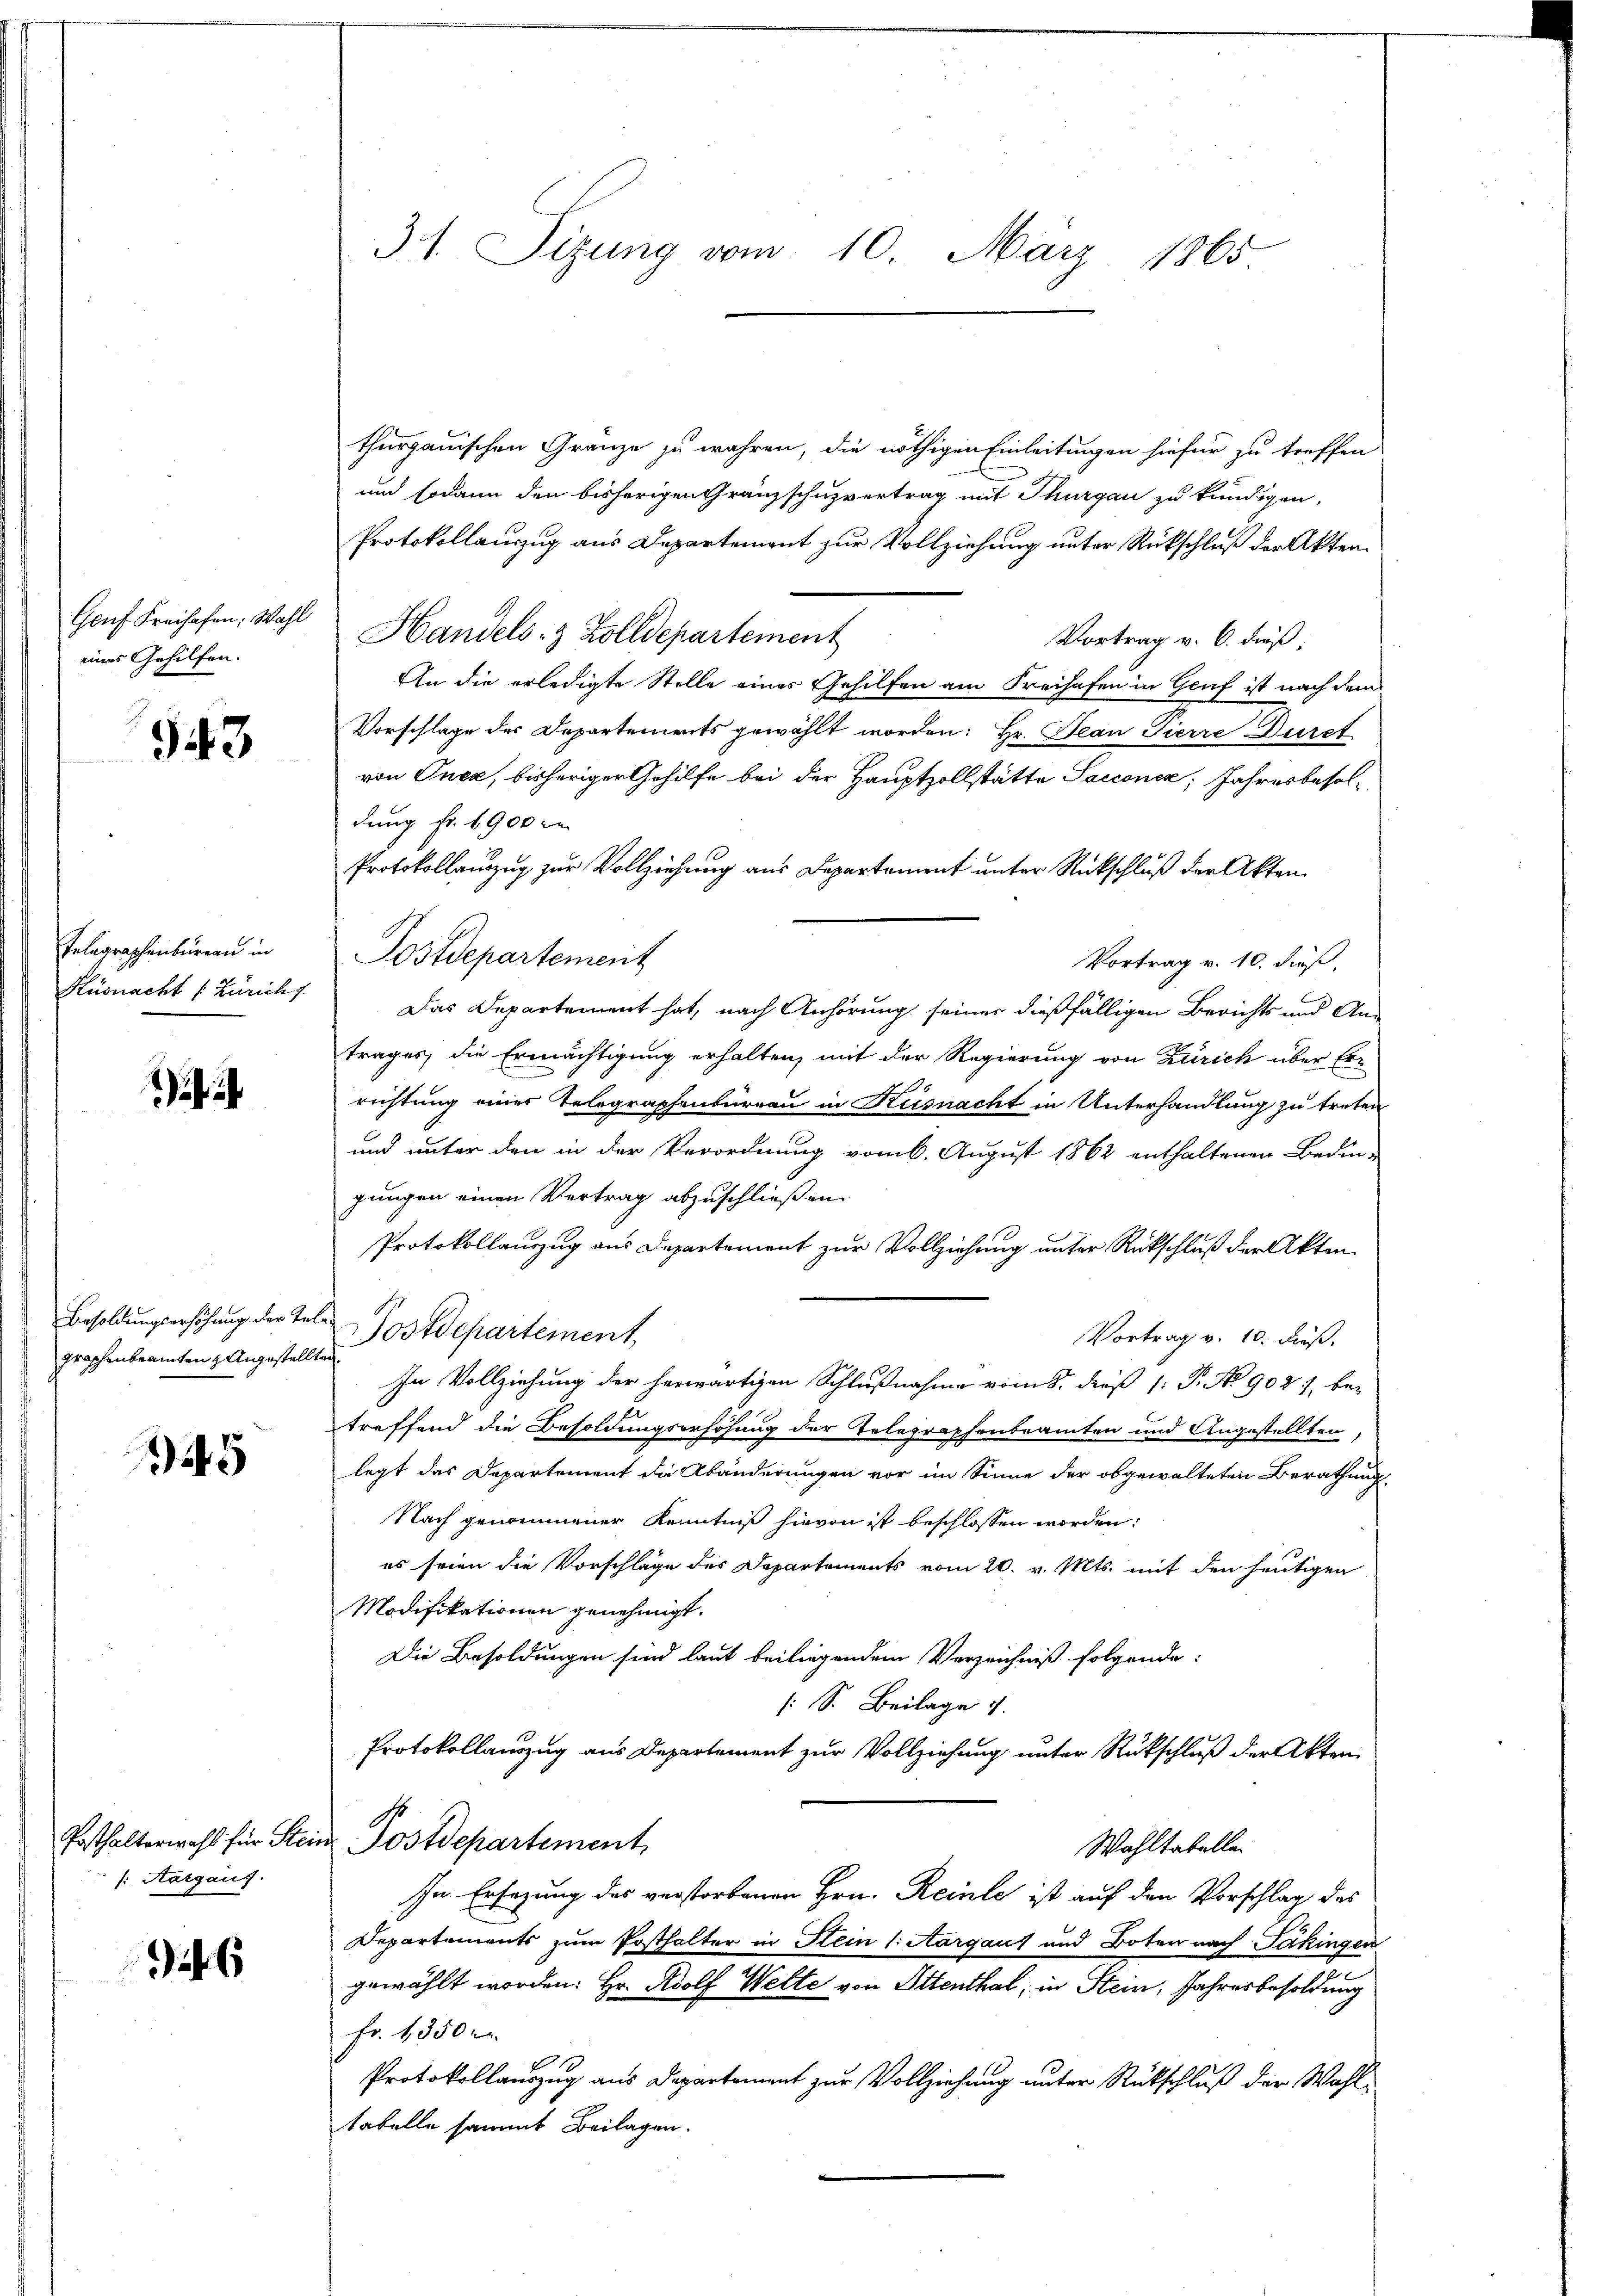
Gauf Freihafen; Wahl
eines Gehilfen.

943

Telegraphenbureau in
Küsnacht (Zürich f

.

graphenbeamten zugestellten.

45

Posthalterwahl für Stei
f: Aargaus.

26

31. Sizung vom 10. März 1865

thurgauischen Granze zu wahren, die nöthigen Einleitungen hiefür zu treffen
und sodann den bisherigen Gränzschuzvertrag mit Thurgau zu kundigen,
Protokollanzug aus Departement zur Vollziehung unter Rückschluß der Akten¬
Handels- & Zolldepartement
Vortrag v. 6. dieß;
An die erledigte Stelle eines Gehilfen am Freihafen in Genf ist nach dem
Vorschlage des Departements gewählt worden: Hr. Jean Pierre Durch
von Onez, bisheriger Gehilfe bei der Hauptzollstätte Sacconce, Jahresbesoldung fr. 1900 m
Protokollauszug zur Vollziehung aus Departement unter Rückschluß der Akten.
Postdepartement
Vortrag v. 10. dieß,
Das Departement hat, nach Anhörung seiner dießfälligen Berichts und Antrages, die Ermächtigung erhalten, mit der Regierung von Zürich über Errichtung eines Telegraphenbureau in Küsnacht in Unterhandlung zu treten
und unter den in der Verordnung vom 6. August 1862 enthaltenen Bedin-
gungen einen Vertrag abzuschließen.
Protokollauszug aus Departement zur Vollziehung unter Rückschluß der Akten
Besoldungserhöhung der Tele Postdepartement
Vortrag v. 10. dieß.
In Vollziehung der herwärtigen Schlußnahme vom 8. dieß P. No 902), be-
treffend die Besoldungserhöhung der Telegraphenbeamten und Angestellten,
legt das Departement die Abänderungen vor im Sinne der obgewalteten Berathung
Nach genommener Kenntniß hievon ist beschlossen worden:
es seien die Vorschläge des Departements vom 20. v. Mts. mit den heutigen
Modifikationen genehmigt.
Die Besoldungen sind laut beiliegendem Verzeichniß folgende:
[: S. Beilage 1
Protokollauszug aus Departement zur Vollziehung unter Rückschluß der Akten
b
in Postdepartement
Wohltabellen
In Ersezung des verstorbenen Hrn. Reinle ist auf den Vorschlag des
Departements zum Posthalter in Stein (: Aargaus und Boten nach Säkingen
gewählt worden. Hr. Rolf Wette von Ottenthal, in Stein, Jahresbesoldung
fr. 1350 r.
Protokollauszug aus Departement zur Vollziehung unter Rückschluß der Wahltabelle sammt Beilagen.